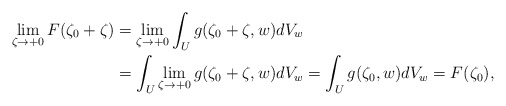
\begin{align*} \lim_{\zeta\to+0}F(\zeta_0+\zeta)&=\lim_{\zeta\to+0}\int_Ug(\zeta_0+\zeta,w)dV_w\\ &=\int_U\lim_{\zeta\to+0}g(\zeta_0+\zeta,w)dV_w=\int_Ug(\zeta_0,w)dV_w=F(\zeta_0), \end{align*}